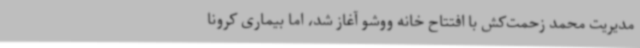
مدیریت محمد زحمت‌کش با افتتاح خانه ووشو آغاز شد، اما بیماری کرونا